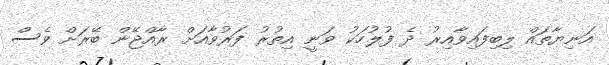
އަނިޔާތައް ލިބިފައިވާއިރު ދެ ފުލުހަކު ވަނީ އިތުރު ފަރުވާއަށް ރާއްޖޭން ބޭރަށް ވެސް